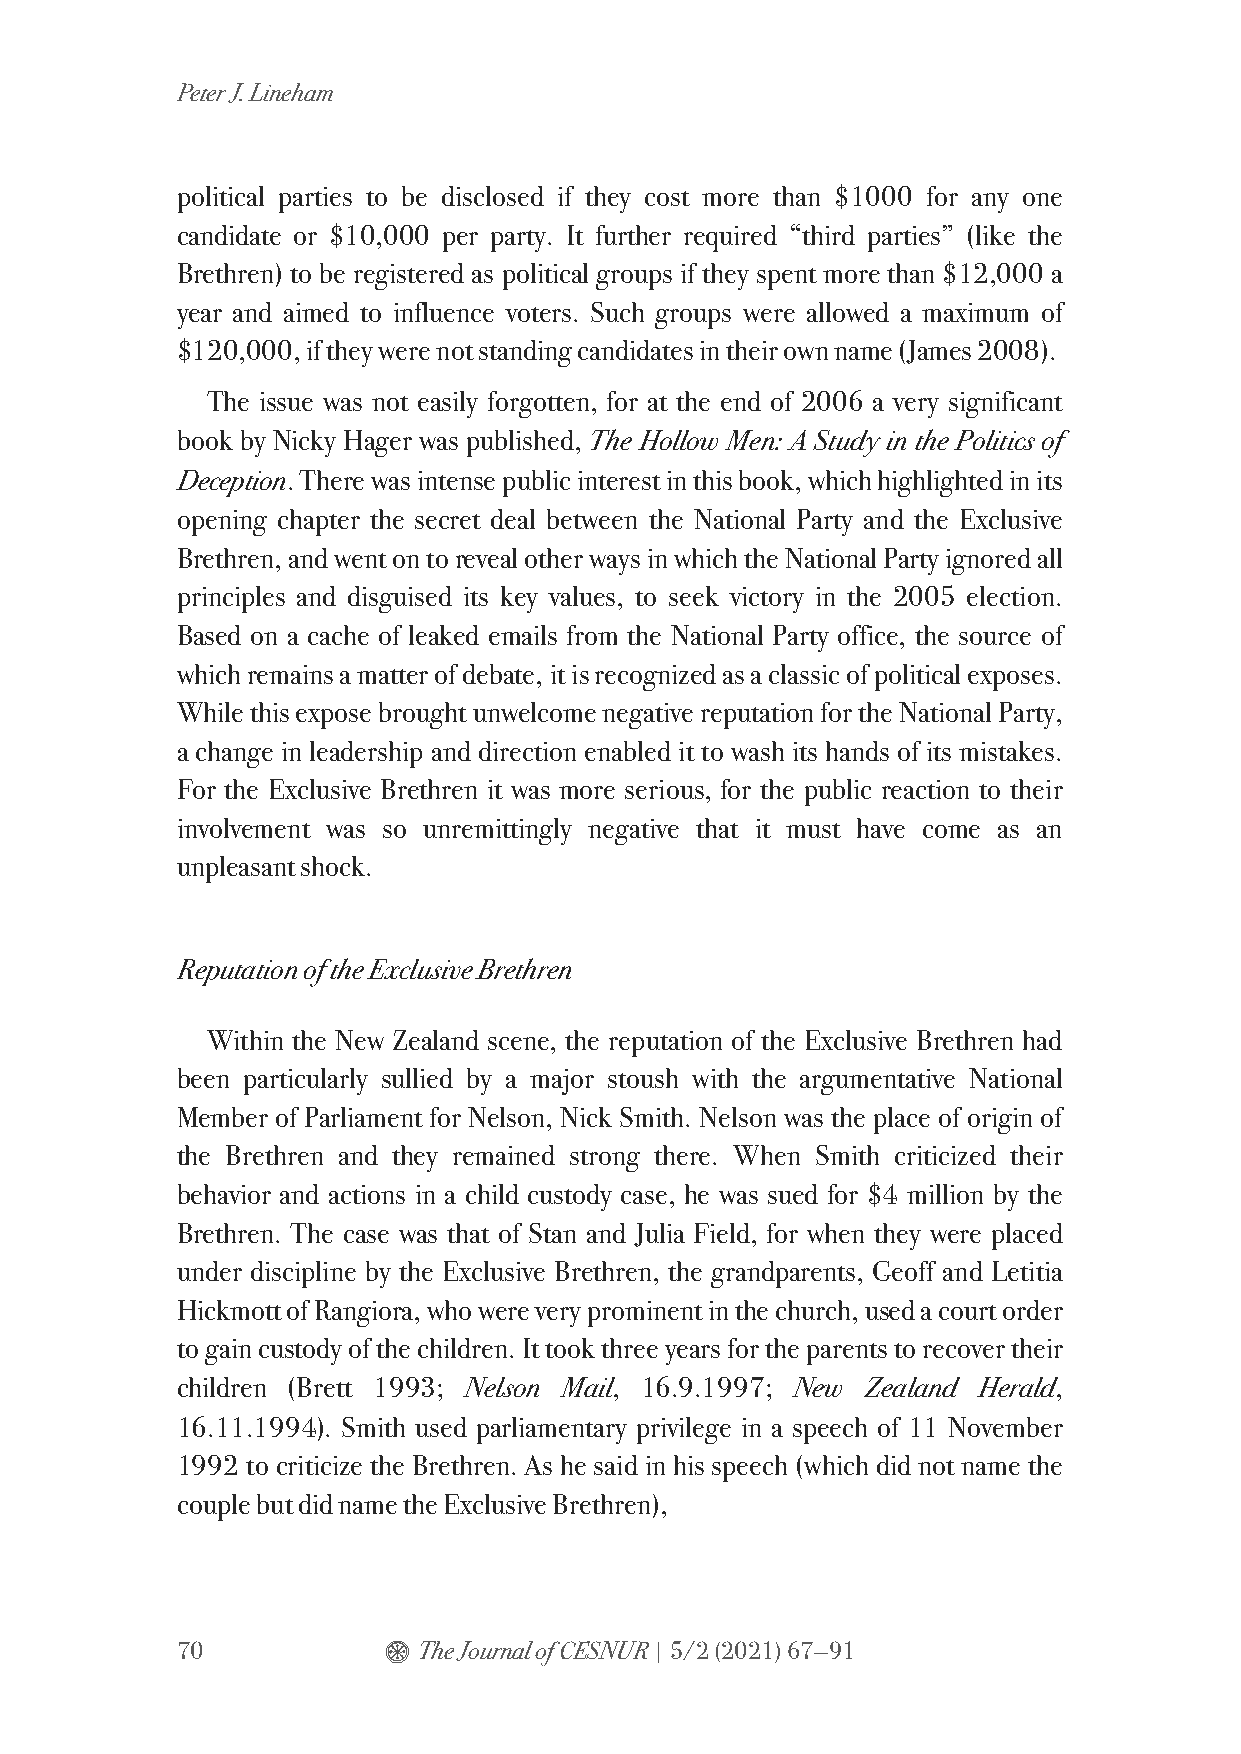
Peter J. Lineham
 political parties to be disclosed if they cost more than $1000 for any one
 candidate or $10,000 per party. It further required “third parties” (like the
 Brethren) to be registered as political groups if they spent more than $12,000 a
 year and aimed to influence voters. Such groups were allowed a maximum of
 $120,000, if they were not standing candidates in their own name (James 2008).
 The issue was not easily forgotten, for at the end of 2006 a very significant
 book by Nicky Hager was published, The Hollow Men: A Study in the Politics of
 Deception. There was intense public interest in this book, which highlighted in its
 opening chapter the secret deal between the National Party and the Exclusive
 Brethren, and went on to reveal other ways in which the National Party ignored all
 principles and disguised its key values, to seek victory in the 2005 election.
 Based on a cache of leaked emails from the National Party office, the source of
 which remains a matter of debate, it is recognized as a classic of political exposes.
 While this expose brought unwelcome negative reputation for the National Party,
 a change in leadership and direction enabled it to wash its hands of its mistakes.
 For the Exclusive Brethren it was more serious, for the public reaction to their
 involvement was so unremittingly negative that it must have come as an
 unpleasant shock.
 Reputation of the Exclusive Brethren
 Within the New Zealand scene, the reputation of the Exclusive Brethren had
 been particularly sullied by a major stoush with the argumentative National
 Member of Parliament for Nelson, Nick Smith. Nelson was the place of origin of
 the Brethren and they remained strong there. When Smith criticized their
 behavior and actions in a child custody case, he was sued for $4 million by the
 Brethren. The case was that of Stan and Julia Field, for when they were placed
 under discipline by the Exclusive Brethren, the grandparents, Geoff and Letitia
 Hickmott of Rangiora, who were very prominent in the church, used a court order
 to gain custody of the children. It took three years for the parents to recover their
 children (Brett 1993; Nelson Mail, 16.9.1997; New Zealand Herald,
 16.11.1994). Smith used parliamentary privilege in a speech of 11 November
 1992 to criticize the Brethren. As he said in his speech (which did not name the
 couple but did name the Exclusive Brethren),
 70           $  The Journal of CESNUR | 5/2 (2021) 67—91